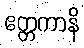
ဧတ္တကာနိ